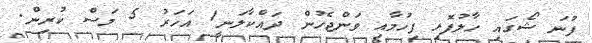
ފުނަ ޝޯގައި ހާލުފޮޅި ފިހުމާއި ވަންޖެހުން ދައްކާލަނީ1 އަހަރު 5 މަސް ކުރިން.